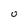
Character: 0